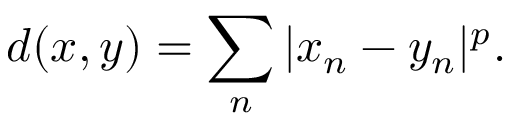
d ( x , y ) = \sum _ { n } | x _ { n } - y _ { n } | ^ { p } .